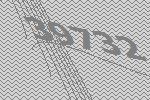
39732